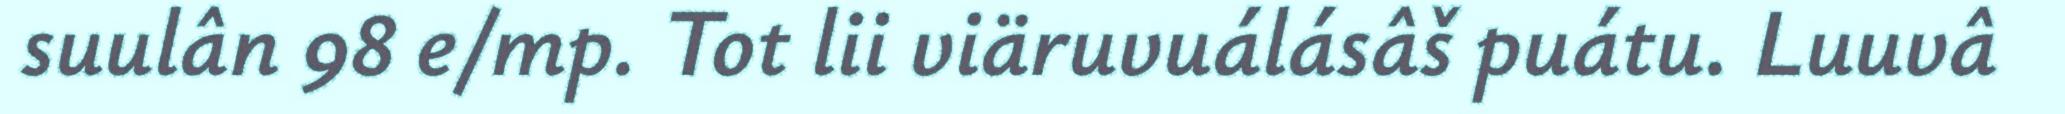
suulân 98 e/mp. Tot lii viäruvuálásâš puátu. Luuvâ